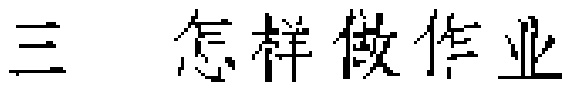
三 怎样做作业